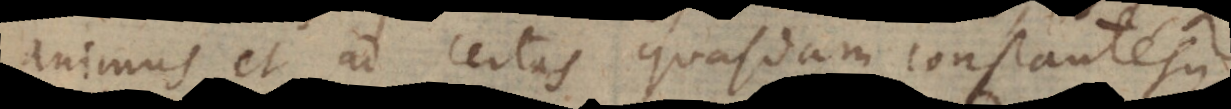
animus, et ad certas quasdam constantesque